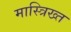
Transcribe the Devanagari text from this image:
मास्त्रिख्त